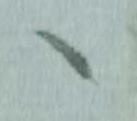
ヘ